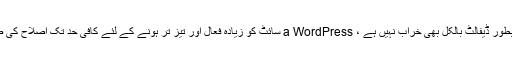
اگرچہ کارکردگی بطور ڈیفالٹ بالکل بھی خراب نہیں ہے ، a WordPress سائٹ کو زیادہ فعال اور تیز تر ہونے کے لئے کافی حد تک اصلاح کی ضرورت ہوتی ہے۔